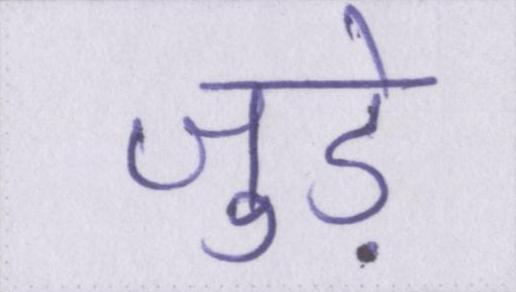
जुडे़